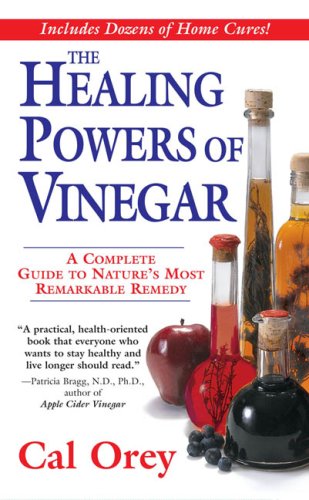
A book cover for The Healing Powers of Vinegar: A Complete Guide To; Cal Orey; Cookbooks, Food & Wine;